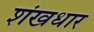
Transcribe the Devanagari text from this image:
शंखधार